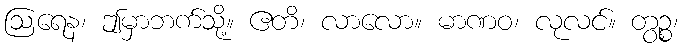
ဩရေန၊ ဤမှာဘက်သို့။ ဧတိ၊ လာလော။ မာဏဝ၊ လုလင်။ တွဉ္စ၊